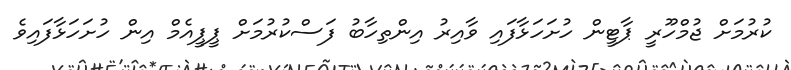
ކުރުމަށް ޖުމްހޫރީ ޕާޓީން ހުށަހަޅާފައި ވާއިރު އިންތިހާބު ފަސްކުރުމަށް ޕީޕީއެމް އިން ހުށަހަޅާފައިވެ